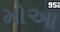
મોઆ